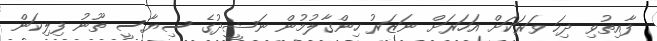
ފާއިތުވި ދިހަ ވަރަކަށް އަހަރަށް ނަޒަރު ހިންގާލުމުން ނަޝީދުގެ ސިޔާސީ ތޫނު ފިލިކަން